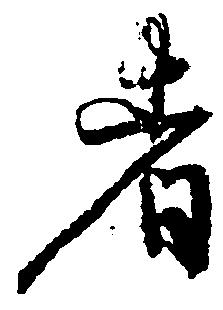
者